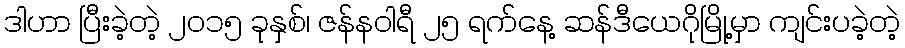
ဒါဟာ ပြီးခဲ့တဲ့ ၂၀၁၅ ခုနှစ်၊ ဇန်နဝါရီ ၂၅ ရက်နေ့ ဆန်ဒီယေဂိုမြို့မှာ ကျင်းပခဲ့တဲ့